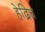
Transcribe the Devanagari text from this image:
हेद्रिच